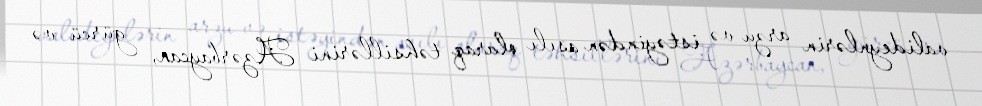
valideynlərin arzu və istəyindən asılı olaraq təhsillərini Azərbaycan, gürcü və